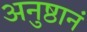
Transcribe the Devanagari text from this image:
अनुष्ठानं